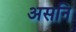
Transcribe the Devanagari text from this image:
असनि